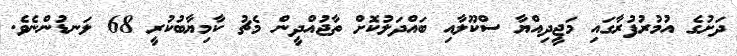
ދަށުގެ އުމުރުފުރާގައި މަޖީދިއްޔާ ސްކޫލާއި ބައްދަލުކޮށް ތާޖުއްދީން މެޗު ކާމިޔާބުކުރީ 68 ލަނޑުންނެވެ.